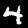
Digit: 4